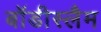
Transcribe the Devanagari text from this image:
बॉडीस्लैम